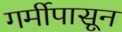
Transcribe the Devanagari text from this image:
गर्मीपासून